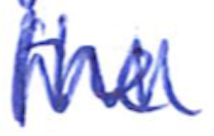
Text: the
Cross-out: zig-zag
Writing tool: ballpoint